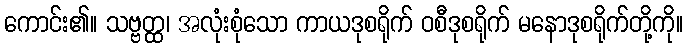
ကောင်း၏။ သဗ္ဗတ္ထ၊ အလုံးစုံသော ကာယဒုစရိုက် ဝစီဒုစရိုက် မနောဒုစရိုက်တို့ကို။